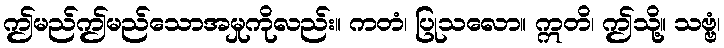
ဤမည်ဤမည်သောအမှုကိုလည်း။ ကတံ၊ ပြုသလော။ ဣတိ၊ ဤသို့။ သဗ္ဗံ၊